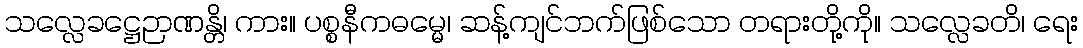
သလ္လေခဋ္ဌေဉာဏန္တိ၊ ကား။ ပစ္စနီကဓမ္မေ၊ ဆန့်ကျင်ဘက်ဖြစ်သော တရားတို့ကို။ သလ္လေခတိ၊ ရေး